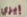
إيزي